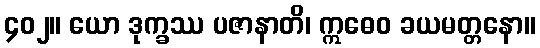
၄၀၂။ ယော ဒုက္ခဿ ပဇာနာတိ၊ ဣဓေဝ ခယမတ္တနော။